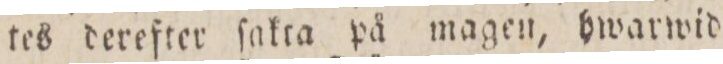
tes derefter ſakta på magen, hwarwid